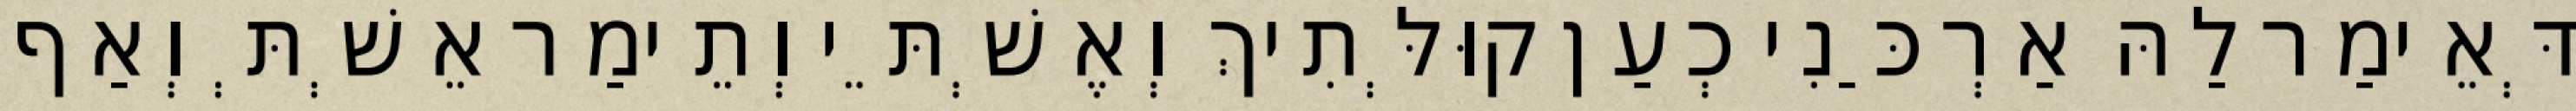
דְּאֵימַר לַהּ אַרְכַּנִי כְעַן קוּלְּתִיךְ וְאֶשְׁתֵּי וְתֵימַר אֵשְׁתְּ וְאַף